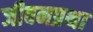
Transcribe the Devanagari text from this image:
जीवनप्रथा